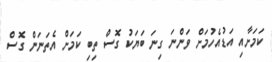
ކަމަށާއި އަޑުއެހުމަށް ވަންނަ ގިނަ ބަޔަކު ގޮސް ތިބި ކަމަށް އެތަނަން ގޮސް